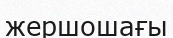
жершошағы